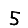
Digit: 5